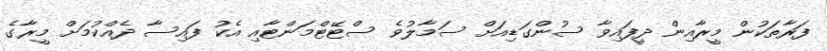
ފަރާތަކުން މީރާއިން ދީފައިވާ ސުންގަޑިއަށް ސަމާލުވެ ސްޓޭޓްމަންޓާއި އެކު ފައިސާ ދެއްކުމަށް މީރާގެ